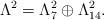
LaTeX: \begin{align*}\Lambda^{2} = \Lambda_{7}^{2}\oplus \Lambda_{14}^{2}.\end{align*}